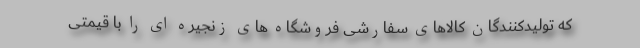
که تولیدکنندگان کالاهای سفارشی فروشگاه های زنجیره ای را با قیمتی